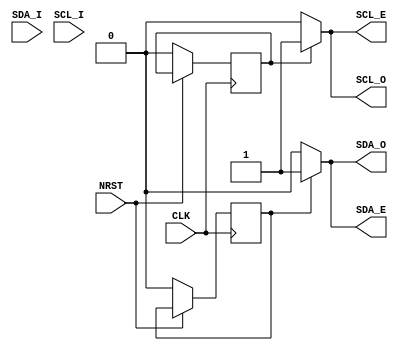
`default_nettype none
// MIT License
//
// Copyright (c) 2018 Kaizen Wolf
//
// Permission is hereby granted, free of charge, to any person obtaining a copy
// of this software and associated documentation files (the "Software"), to
// deal in the Software without restriction, including without limitation the
// rights to use, copy, modify, merge, publish, distribute, sublicense, and/or
// sell copies of the Software, and to permit persons to whom the Software is
// furnished to do so, subject to the following conditions:
//
// The above copyright notice and this permission notice shall be included in
// all copies or substantial portions of the Software.
//
// THE SOFTWARE IS PROVIDED "AS IS", WITHOUT WARRANTY OF ANY KIND, EXPRESS OR
// IMPLIED, INCLUDING BUT NOT LIMITED TO THE WARRANTIES OF MERCHANTABILITY,
// FITNESS FOR A PARTICULAR PURPOSE AND NONINFRINGEMENT. IN NO EVENT SHALL THE
// AUTHORS OR COPYRIGHT HOLDERS BE LIABLE FOR ANY CLAIM, DAMAGES OR OTHER
// LIABILITY, WHETHER IN AN ACTION OF CONTRACT, TORT OR OTHERWISE, ARISING
// FROM, OUT OF OR IN CONNECTION WITH THE SOFTWARE OR THE USE OR OTHER DEALINGS
// IN THE SOFTWARE.

module i2c_master #(parameter CLK_DIVIDER=1) (
   input CLK,
   input NRST,
   // IC output
   // Expressed in tri-state inout logic:
   // _I = input
   // _O = output
   // _E = output enable
   input  SDA_I,
   output SDA_O,
   output SDA_E,
   input  SCL_I,
   output SCL_O,
   output SCL_E
);

reg sda;
always @(posedge CLK)
   if (~NRST) begin
      sda <= 0;
   end

reg scl;
always @(posedge CLK)
   if (~NRST) begin
      scl <= 0;
   end

// Internal logic is expressed push-pull like, transform to open drain inouts
// TODO
assign SDA_O = sda ? 1'b1 : 0;
assign SDA_E = sda ? 1'b1 : 0;
assign SCL_O = scl ? 1'b1 : 0;
assign SCL_E = scl ? 1'b1 : 0;

endmodule // top